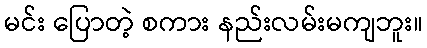
မင်း ပြောတဲ့ စကား နည်းလမ်းမကျဘူး။